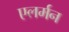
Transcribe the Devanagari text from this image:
एलर्मन